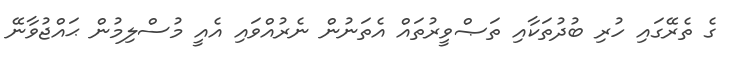
ގެ ތެރޭގައި ހުރި ބުދުތަކާއި ތަޞްވީރުތައް އެތަނުން ނެރުއްވައި އެއީ މުސްލިމުން ޙައްޖުވާނޭ